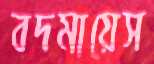
বদমায়েস